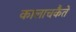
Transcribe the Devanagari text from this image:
कालाचकैते